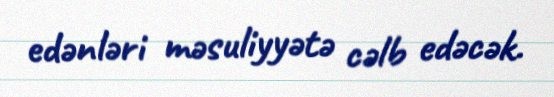
edənləri məsuliyyətə cəlb edəcək.